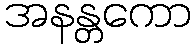
အနန္တကော